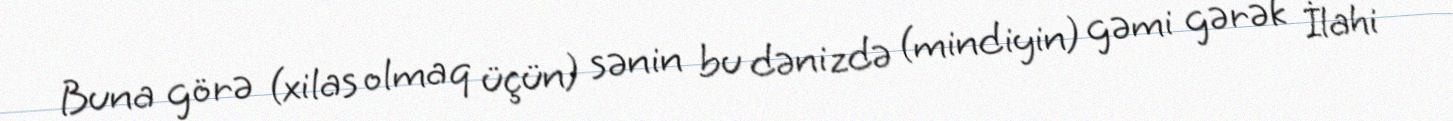
Buna görə (xilas olmaq üçün) sənin bu dənizdə (mindiyin) gəmi gərək İlahi